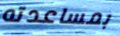
بمساعدته